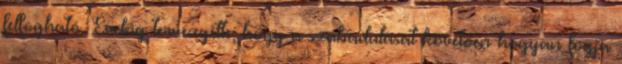
felfogható. Évekig tervezgette, hogy a szabadulását követően hogyan fogja